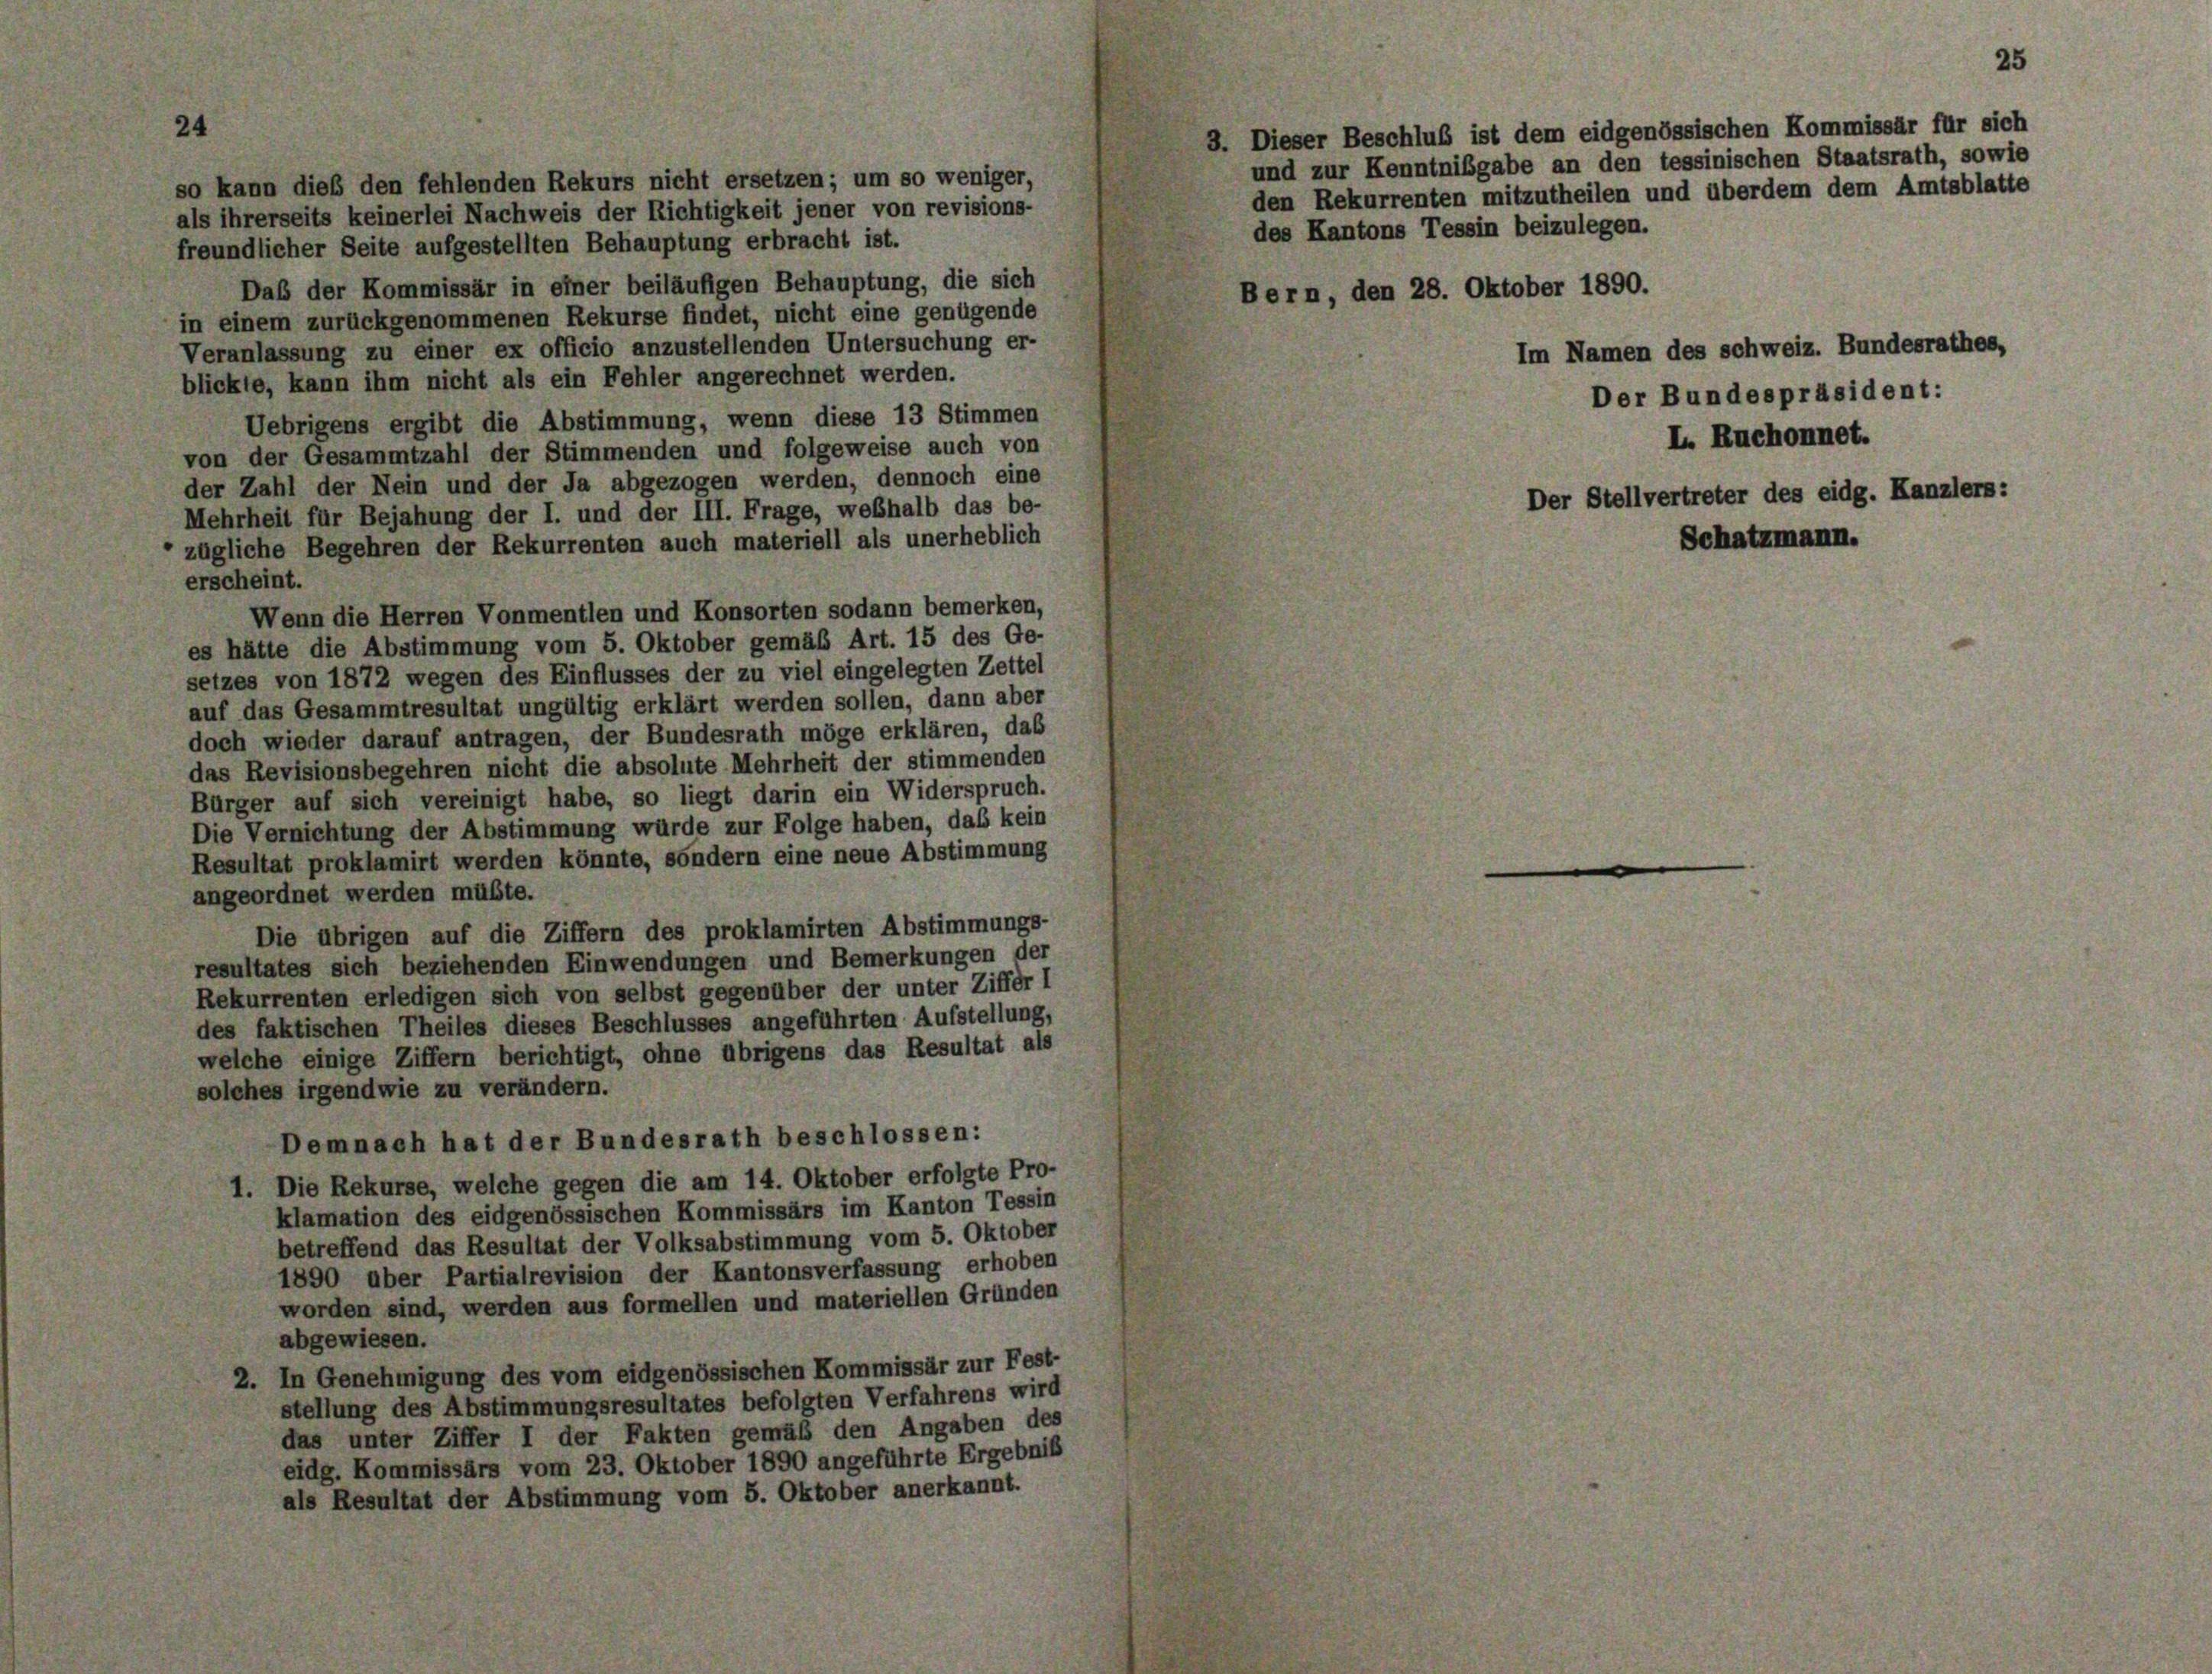
24
3. Dieser Beschluß ist dem eidgenössischen Kommissär für sich
so kann dieß den fehlenden Rekurs nicht ersetzen; um so weniger,
den Rekurrenten mitzutheilen und überdem dem Amtsblatte
als ihrerseits keinerlei Nachweis der Richtigkeit jener von revisions-
des Kantons Tessin beizulegen.
freundlicher Seite aufgestellten Behauptung erbracht ist.
Daß der Kommissär in einer beiläufigen Behauptung, die sich
Bern, den 28. Oktober 1890.
in einem zurückgenommenen Rekurse findet, nicht eine genügende
Veranlassung zu einer ex officio anzustellenden Untersuchung er-
blickte, kann ihm nicht als ein Fehler angerechnet werden.
Uebrigens ergibt die Abstimmung, wenn diese 13 Stimmen
von der Gesammtzahl der Stimmenden und folgeweise auch von
der Zahl der Nein und der Ja abgezogen werden, dennoch eine
Mehrheit für Bejahung der I. und der III. Frage, weßhalb das be-
zügliche Begehren der Rekurrenten auch materiell als unerheblich
erscheint.
Wenn die Herren Vonmentlen und Konsorten sodann bemerken,
es hätte die Abstimmung vom 5. Oktober gemäß Art. 15 des Ge-
setzes von 1872 wegen des Einflusses der zu viel eingelegten Zettel
auf das Gesammtresultat ungültig erklärt werden sollen, dann aber
doch wieder darauf antragen, der Bundesrath möge erklären, das
das Revisionsbegehren nicht die absolute Mehrheit der stimmenden
Bürger auf sich vereinigt habe, so liegt darin ein Widerspruch.
Die Vernichtung der Abstimmung würde zur Folge haben, das kein
Resultat proklamirt werden könnte, sondern eine neue Abstimmung
angeordnet werden mußte.
Die übrigen auf die Ziffern des proklamirten Abstimmungs-
resultates sich beziehenden Einwendungen und Bemerkungen der
Rekurrenten erledigen sich von selbst gegenüber der unter Ziffer I
des faktischen Theiles dieses Beschlusses angeführten Aufstellung,
welche einige Ziffern berichtigt, ohne übrigens das Resultat als
solches irgendwie zu verändern.
Demnach hat der Bundesrath beschlossen:
1. Die Rekurse, welche gegen die am 14. Oktober erfolgte Pro-
klamation des eidgenössischen Kommissärs im Kanton Tessin
betreffend das Resultat der Volksabstimmung vom 5. Oktober
1890 über Partialrevision der Kantonsverfassung erhoben
worden sind, werden aus formellen und materiellen Gründen
abgewiesen.
2. In Genehmigung des vom eidgenössischen Kommissär zur Fest-
stellung des Abstimmungsresultates befolgten Verfahrens wird
das unter Ziffer I der Fakten gemäß den Angaben des
eidg. Kommissärs vom 23. Oktober 1890 angeführte Ergebniß
als Resultat der Abstimmung vom 5. Oktober anerkannt.

Im Namen des schweiz. Bundesrathes,
Der Bundespräsident:

25

und zur Kenntnißgabe an den tessinischen Staatsrath, sowie

L. Ruchonnet.
Der Stellvertreter des eidg. Kanzlers:
Schatzmann.